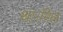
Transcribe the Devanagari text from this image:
था।मिल